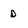
Character: d